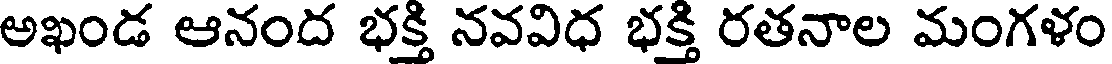
అఖండ ఆనంద భక్తి నవవిధ భక్తి రతనాల మంగళం